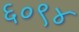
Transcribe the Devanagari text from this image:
६०९४